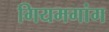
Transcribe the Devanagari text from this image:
गियमगांग